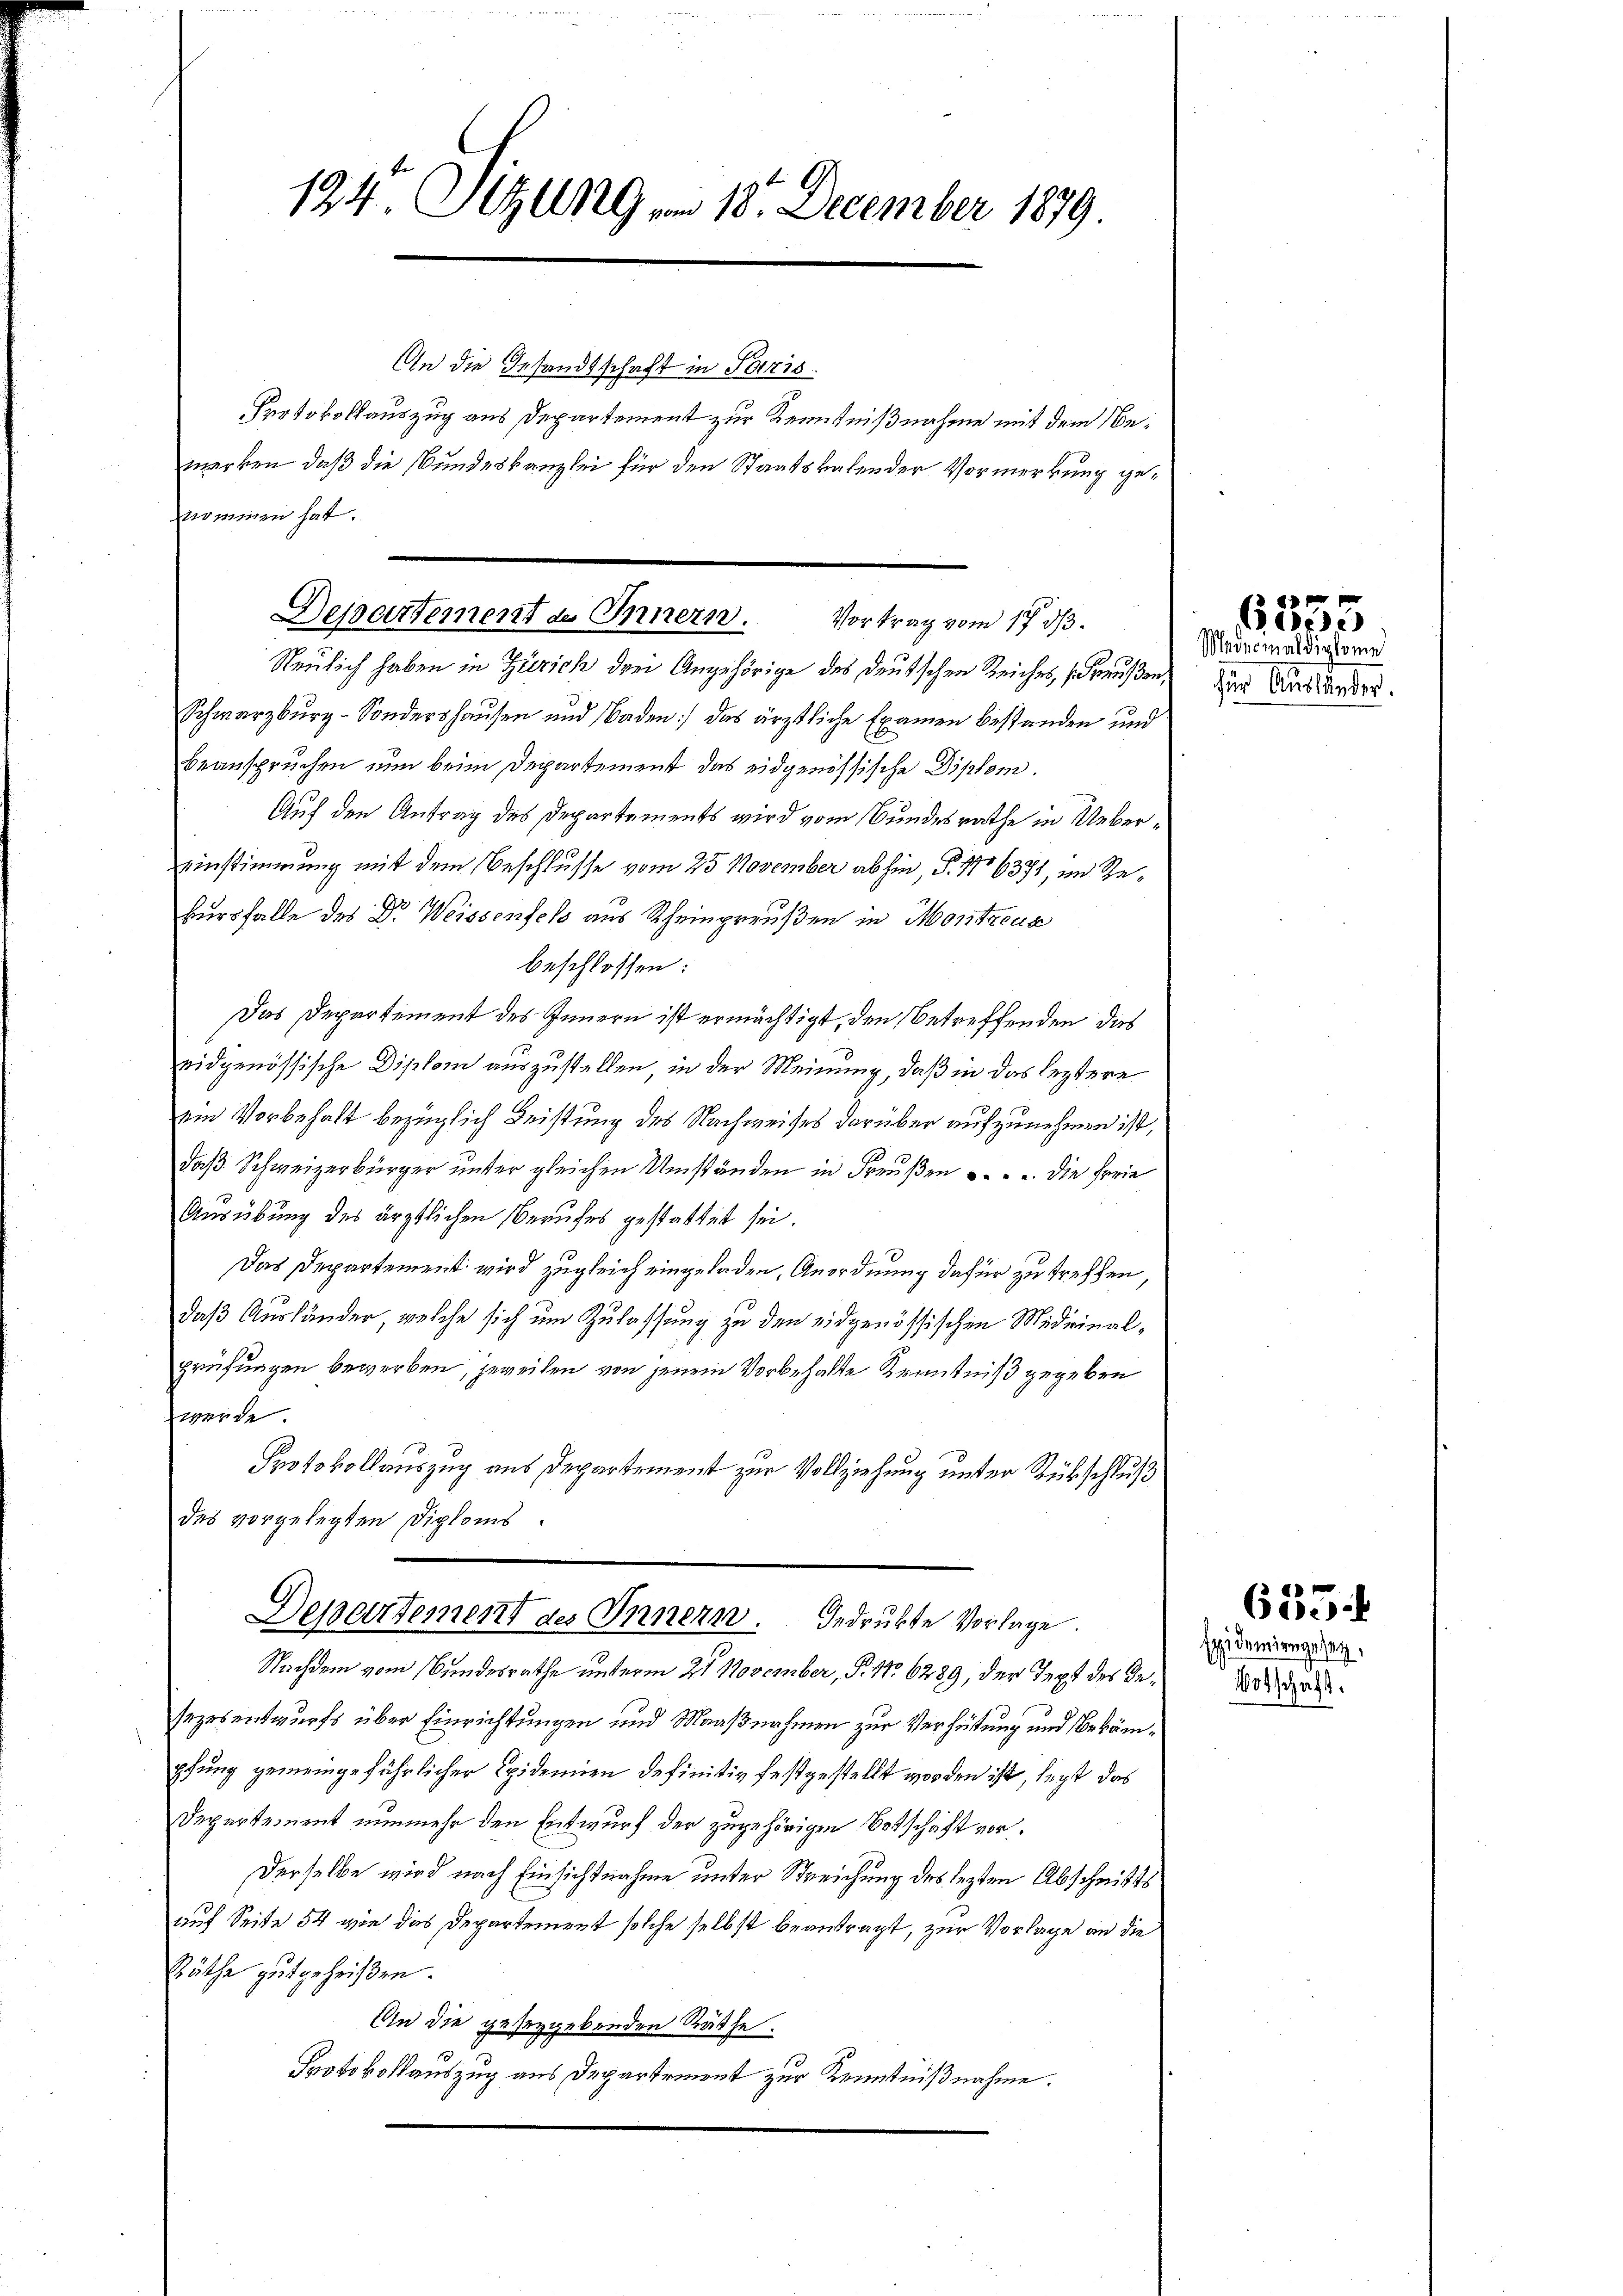
124. Sitzungen 18. December 1879

An die Gesandtschaft in Paris
Protokollauszug aus Departement zur Kenntnißnahme mit dem Nemerken, daß die Bundeskanzlei für den Staatskalender Vormerkung genommen hat.

Departement des Innern. Vortrag vom 17. dβ.

Neulich haben in Zürich drei Angehörige des deutschen Reiches, (Frauen,
Schwarzburg-Sondershausen und Naden: das ärztliche Examen bestanden und
beanspruchen nun beim Departement das eidgenössische Diplom.
Auf den Antrag des Departements wird vom Bundesrathe in Uebereinstimmung mit dem Beschlusse vom 25. November abhin, P. No 6371, im Gekursfalle des Dr. Weissenfels aus Rheinpreußen in Montreux
beschlossen:
Das Departement des Innern ist ermächtigt, den betreffenden das
ridgenössische Diplom auszustellen, in der Meinung, daß in das leztere
100
ein Vorbehalt bezüglich Leistung des Nachweises darüber aufzunehmen ist,
daß Schweizerbürger unter gleichen Umständen in Freußen . . u. die Freie
Ausübung des ärztlichen Berufes gestattet sei.
Das Departement wird zugleich eingeladen, Anordnung dafür zu treffen
daß Ausländer, welche sich um Zulassung zu den eidgenössischen Miteinalprüfungen bewerben, jeweilen von jenem Vorbehalte Kenntniß gegeben
werde
Protokollauszug aus Departement zur Vollziehung unter Rückschluß
des vorgelegten Diploms.
Departement des Innern. Bedrukte Vorlage
Nachdem vom Bundesrathe unterm 21. November, P. No 6289, der Text des Gesezesentwurfs über Einrichtungen und Maaßnahmen zur Verhütung und Bekämpfung gemeingeführlicher Epidemien definitiv festgestellt worden ist, legt das
Departement nunmehr den Entwurf der zugehörigen Botschaft vor¬
Derselbe wird nach Einsichtnahme unter Streichung des lezten Abschnitts
auf Seite 54 wie das Departement solche selbst beantragt, zur Vorlage an die
Räthe gutgeheißen.
An die geseggebenden Räthe.
Protokollauszug aus Departement zur Kenntnißnahme.

Medicinaldig kome
zur Auslieder.

Epidemiengesetz,

e
6850

635.
Botschaft.